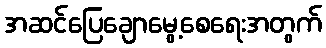
အဆင်ပြေချောမွေ့စေရေးအတွက်